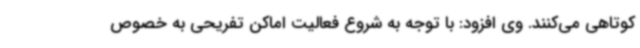
کوتاهی می‌کنند. وی افزود: با توجه به شروع فعالیت اماکن تفریحی به خصوص